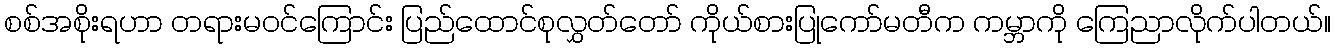
စစ်အစိုးရဟာ တရားမဝင်ကြောင်း ပြည်ထောင်စုလွှတ်တော် ကိုယ်စားပြုကော်မတီက ကမ္ဘာကို ကြေညာလိုက်ပါတယ်။